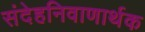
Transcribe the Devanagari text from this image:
संदेहनिवाणार्थक